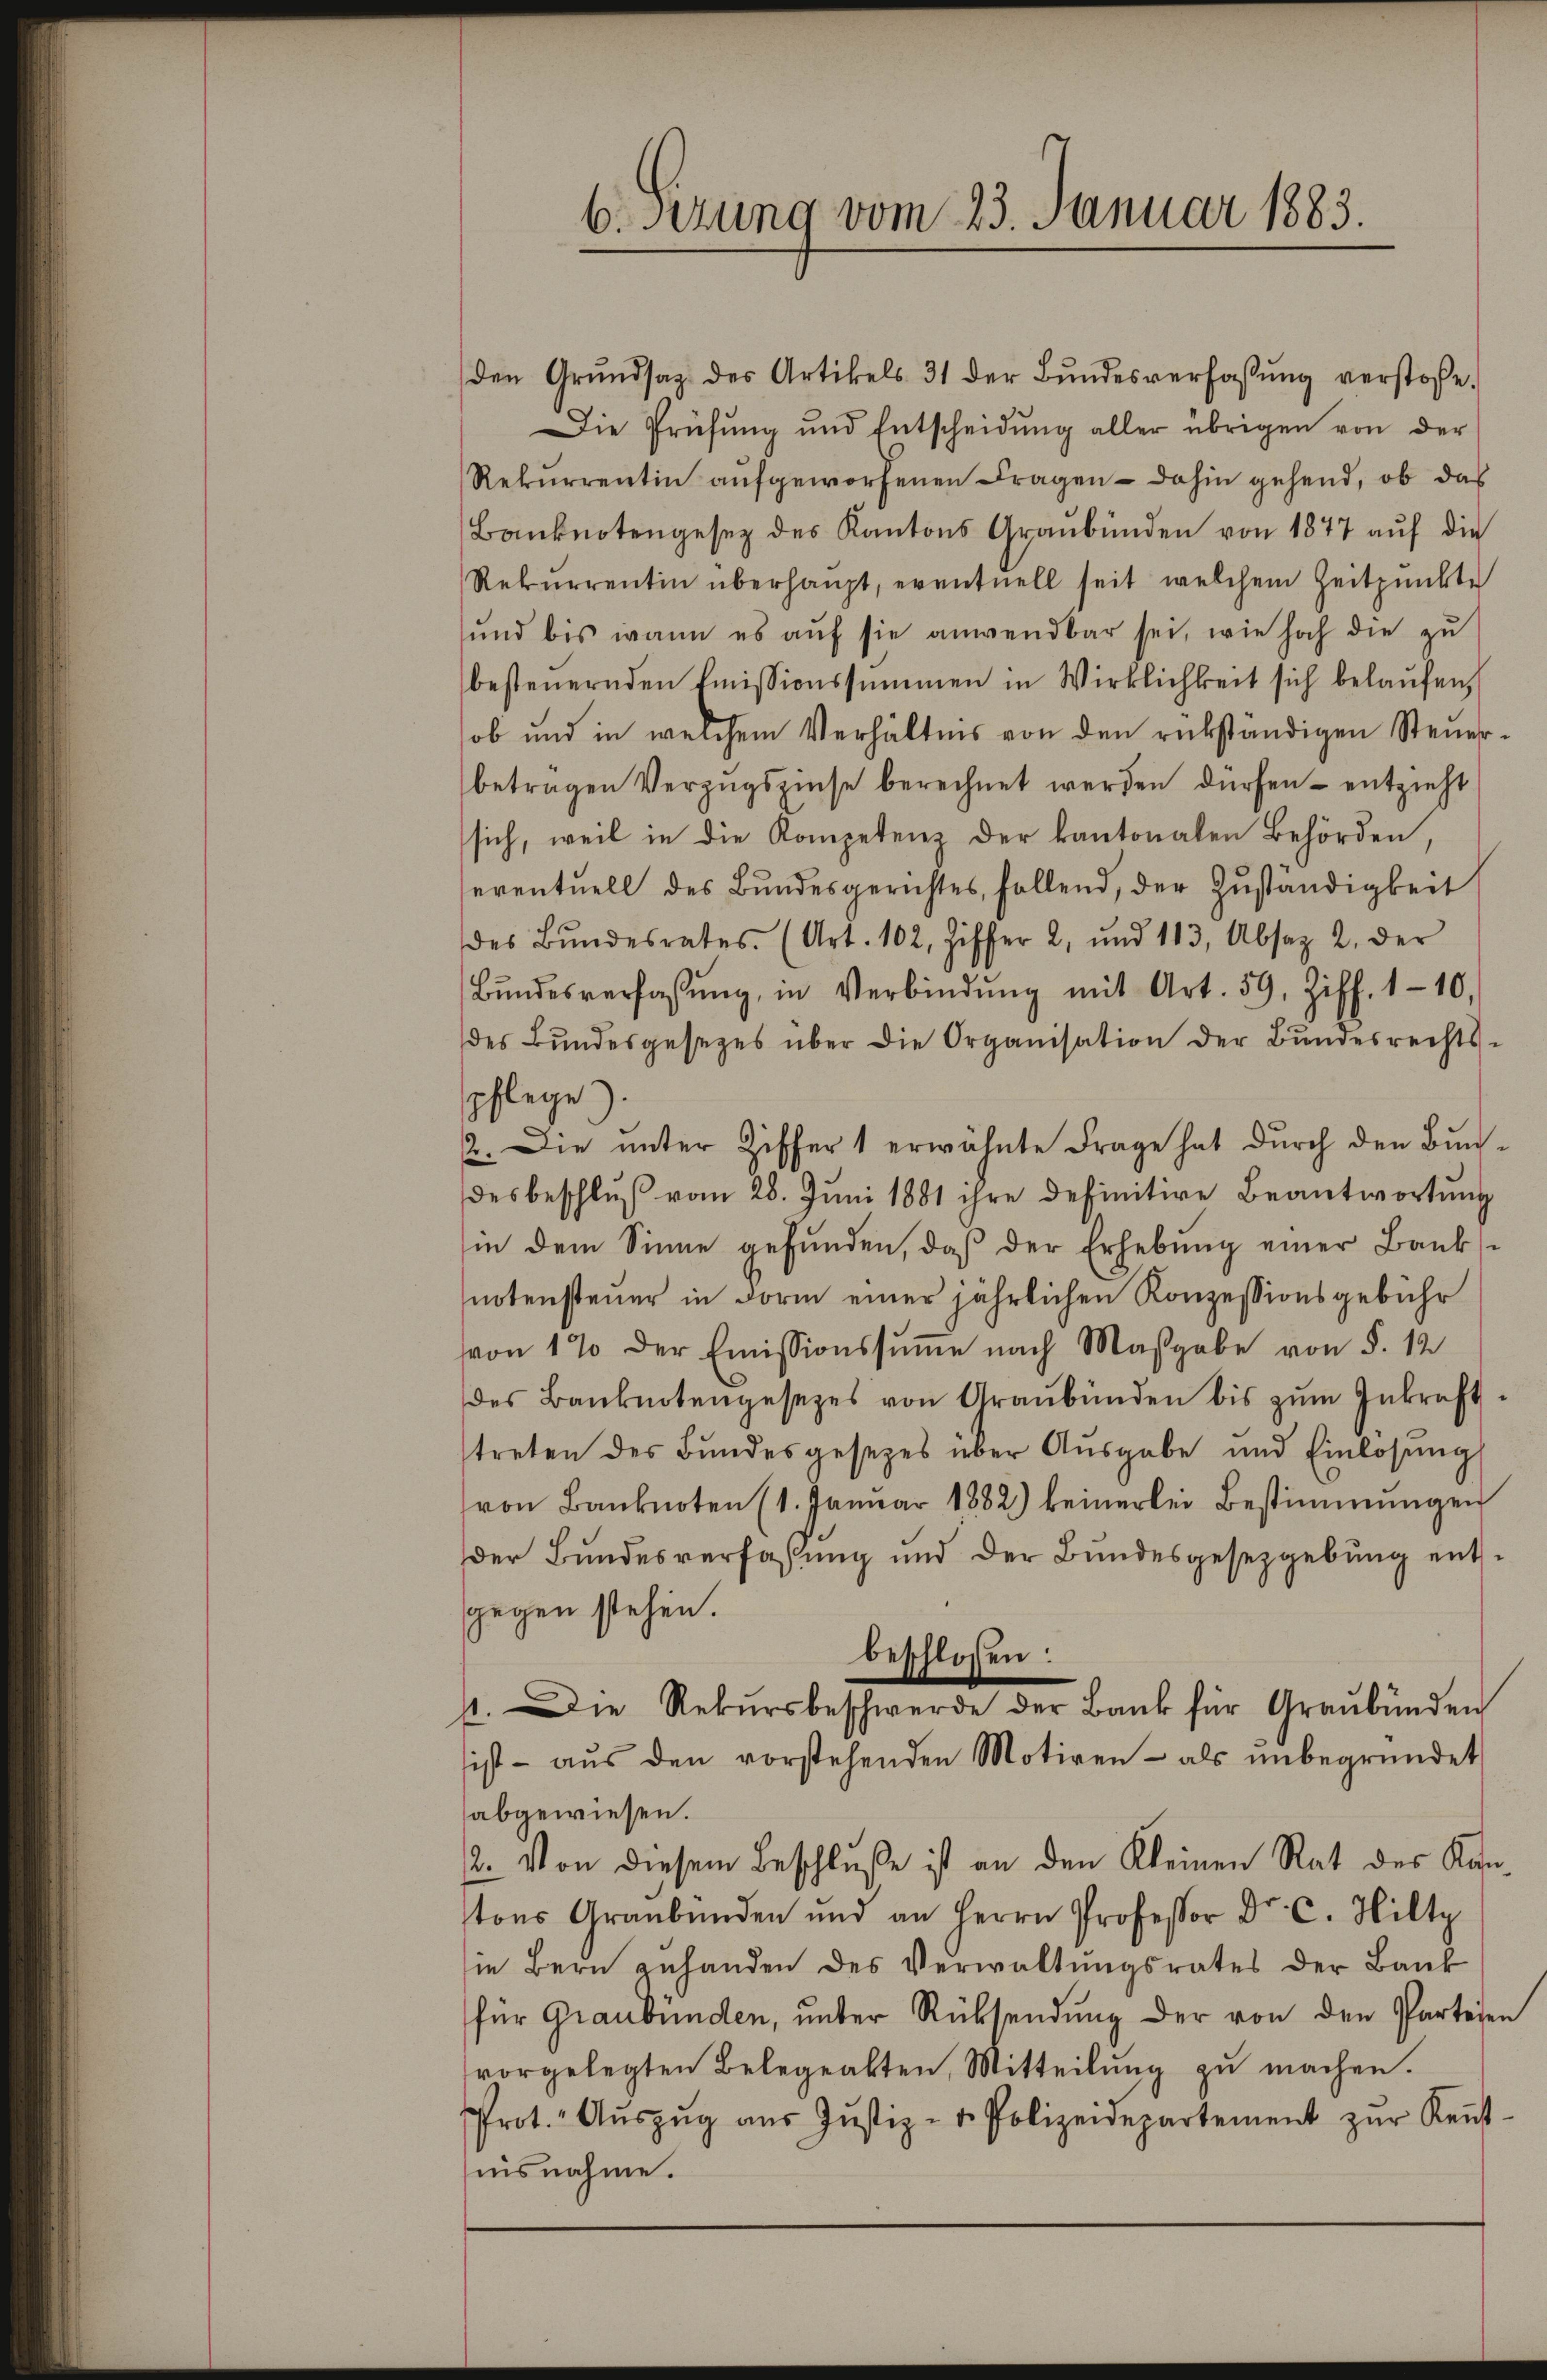
6.sezung vom 23. Januar 1883.

den Grŭndsaz des Artikels 31 der Bŭndesverfassŭng verstoße
Die Prüfung und Entscheidŭng aller übrigen von der
Rekurrentin aufgeworfenen Fragen – dahin gehend, ob das
Banknotengesetz des Kantons Graubünden von 1847 aŭf die
Rekurrentin überhaupt, eventuell seit welchem Zeitpunkte
und bis wann es aŭf sie anwendbar sei, wie hoch die zu
besteuernden Emissionssummen in Wirklichkeit sich belaŭfen,
ob und in welchem Verhältnis von den rükständigen Steuerbetragen Verzugszinse berechnet werden dürfen - entzieht
sich, weil in die Kompetenz der kantonalen Behörden,
eventuell des Bŭndesgerichtes, fallend, der Zŭständigkeit
des Bŭndesrates (Art. 102, Ziffer 2, und 113, Absaz 2. der
Bŭndesverfassŭng, in Verbindŭng mit Art. 59. Ziff. 110,
des Bŭndesgesezes über die Organisation der Bŭndesrechts-
pflege.
2. Die unter Ziffer 1 erwähnte Frage hat durch den Bundesbeschluß vom 28. Juni 1881 ihre definitive Beantwortung
in dem Sinne gefunden, daß der Erhebung einer Banknotensteuer in Form einer jährlichen Konzessionsgebühr
von 1% der Emissionssŭṁe nach Maßgabe von §. 12
des Banknotengesetzes von Graubünden bis zŭm Inkraft-
treten des Bundesgesetzes über Ausgabe und Einlösung
von Banknoten (1. Janŭar 1882) keinerlei Bestimmungen
der Bundesverfassung und der Bundesgesetzgebung entsgegen stehen.
beschlossen:
4. Die Rekŭrsbeschwerde der Bank für Graubünden
ist aŭs den vorstehenden Motiven - als ŭnbegründet
abgewiesen.
2. Von diesem Beschluße ist an den Kleinen Rat des Kantons Graubünden und an Herrn Professor Dr. C. Hilty
sie Bern zuhanden des Verwaltŭngsrates der Baŭk
für Graubünden, unter Rücksendung der von den Parteien
vorgelegten Belegealten, Mitteilung zu machen.
Prot. Aŭszŭg aŭs Jŭstiz- u. Polizeidepartement zŭr Keṅt-
nisnahme.